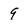
Character: 9